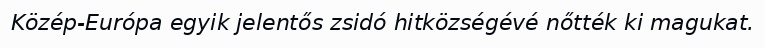
Közép-Európa egyik jelentős zsidó hitközségévé nőtték ki magukat.